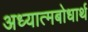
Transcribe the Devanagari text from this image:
अध्यात्मबोधार्थ